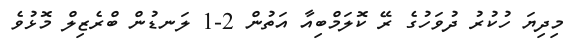
މިދިޔަ ހުކުރު ދުވަހުގެ ރޭ ކޮލަމްބިއާ އަތުން 2-1 ލަނޑުން ބްރެޒިލް މޮޅުވެ